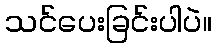
သင်ပေးခြင်းပါပဲ။